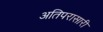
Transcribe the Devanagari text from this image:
अतिपरासारी